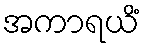
အကာရယိံ